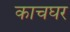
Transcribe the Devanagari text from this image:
काचघर